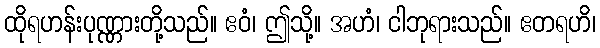
ထိုရဟန်းပုဏ္ဏားတို့သည်။ ဧဝံ၊ ဤသို့။ အဟံ၊ ငါဘုရားသည်။ ဧတရဟိ၊